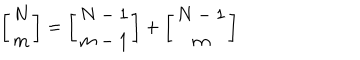
\left[ \begin{array} { c } { { N } } \\ { { m } } \\ \end{array} \right] = \left[ \begin{array} { c } { { N - 1 } } \\ { { m - 1 } } \\ \end{array} \right] + \left[ \begin{array} { c } { { N - 1 } } \\ { { m } } \\ \end{array} \right]